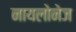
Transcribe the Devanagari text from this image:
नायलोनेज